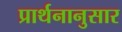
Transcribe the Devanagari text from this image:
प्रार्थनानुसार